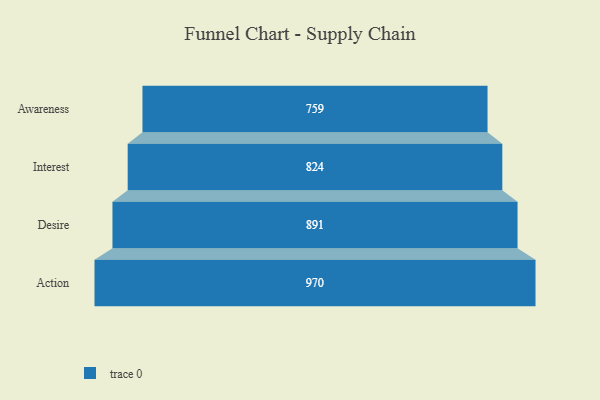
{"axis": {"x": "Stage", "y": "Value"}, "legend": [""], "data": [{"x": "Awareness", "y": 759.0, "type": ""}, {"x": "Interest", "y": 824.0, "type": ""}, {"x": "Desire", "y": 891.0, "type": ""}, {"x": "Action", "y": 970.0, "type": ""}]}